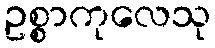
ဥစ္စာကုလေသု